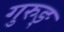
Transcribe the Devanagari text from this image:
गुरुङ्